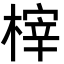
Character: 榟